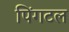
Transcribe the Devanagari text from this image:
पिंगटल